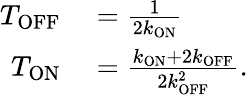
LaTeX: \begin{array}{rl}{T_{\mathrm{OFF}}}&{{}=\frac{1}{2k_{\mathrm{ON}}}}\\ {T_{\mathrm{ON}}}&{{}=\frac{k_{\mathrm{ON}}+2k_{\mathrm{OFF}}}{2k_{\mathrm{OFF}}^{2}}.}\end{array}